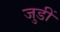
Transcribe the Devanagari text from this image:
जुडीं